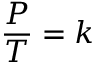
{ \frac { P } { T } } = k